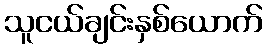
သူငယ်ချင်းနှစ်ယောက်